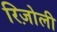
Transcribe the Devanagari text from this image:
रिज़ोली